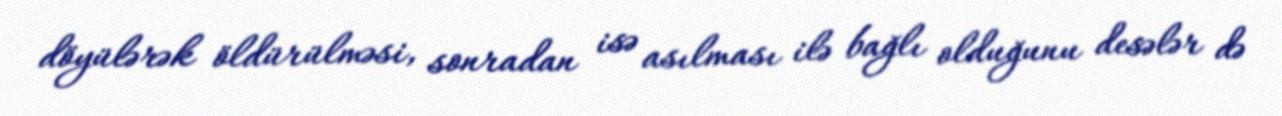
döyülərək öldürülməsi, sonradan isə asılması ilə bağlı olduğunu desələr də